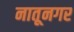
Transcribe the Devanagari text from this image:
नातूनगर